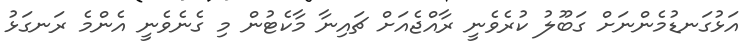
އަޅުގަނޑުމެންނަށް ގަބޫލު ކުރެވެނީ ރާއްޖެއަށް ޗައިނާ މާކެޓުން މި ގެނެވެނީ އެންމެ ރަނގަޅު